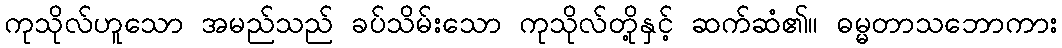
ကုသိုလ်ဟူသော အမည်သည် ခပ်သိမ်းသော ကုသိုလ်တို့နှင့် ဆက်ဆံ၏။ ဓမ္မတာသဘောကား